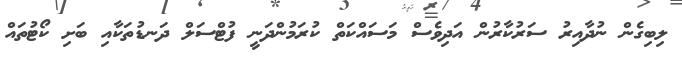
ލިބިގެން ނުދާއިރު ސަރުކާރުން އަދިވެސް މަސައްކަތް ކުރަމުންދަނީ ފުޓްސަލް ދަނޑުތަކާއި ބަށި ކޯޓުތައް